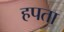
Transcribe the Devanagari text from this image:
हपता